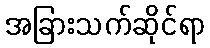
အခြားသက်ဆိုင်ရာ